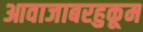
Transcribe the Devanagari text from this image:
आवाजाबरहुकूम